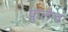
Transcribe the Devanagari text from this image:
फुलेच